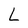
Character: L